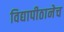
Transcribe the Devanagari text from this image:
विद्यापीठानेच